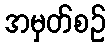
အမှတ်စဉ်